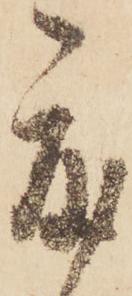
度